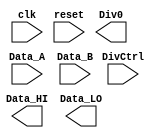
// colocar divStop wire na implementao do algoritmo

module div(
    input   wire            clk,
    input   wire            reset,
    input   wire            DivCtrl,
    input   wire    [31:0]  Data_A,
    input   wire    [31:0]  Data_B,

    output  wire            Div0,
    output  reg     [31:0]  Data_HI,
    output  reg     [31:0]  Data_LO
);

endmodule